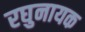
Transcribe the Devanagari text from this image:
रघुनायक